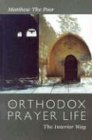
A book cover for Orthodox Prayer Life: The Interior Way; Matthew the Poor; Christian Books & Bibles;